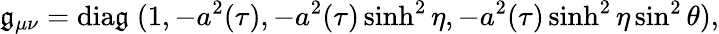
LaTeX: \mathfrak{g}_{\mu\nu}=\mathrm{{dia\mathfrak{g}}}\; (1,-{a^{2}(\tau)},-{a^{2}(\tau)}\sinh^{2}\eta,-{a^{2}(\tau)}\sinh^{2}\eta\sin^{2}\theta),